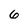
Character: 6